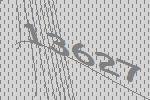
13627